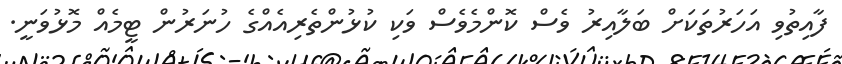
ފާއިތުވި އަހަރުތަކަށް ބަލާއިރު ވެސް ކޮންމެވެސް ވަކި ކުޅުންތެރިއެއްގެ ހުނަރުން ޓީމެއް މޮޅުވަނީ.